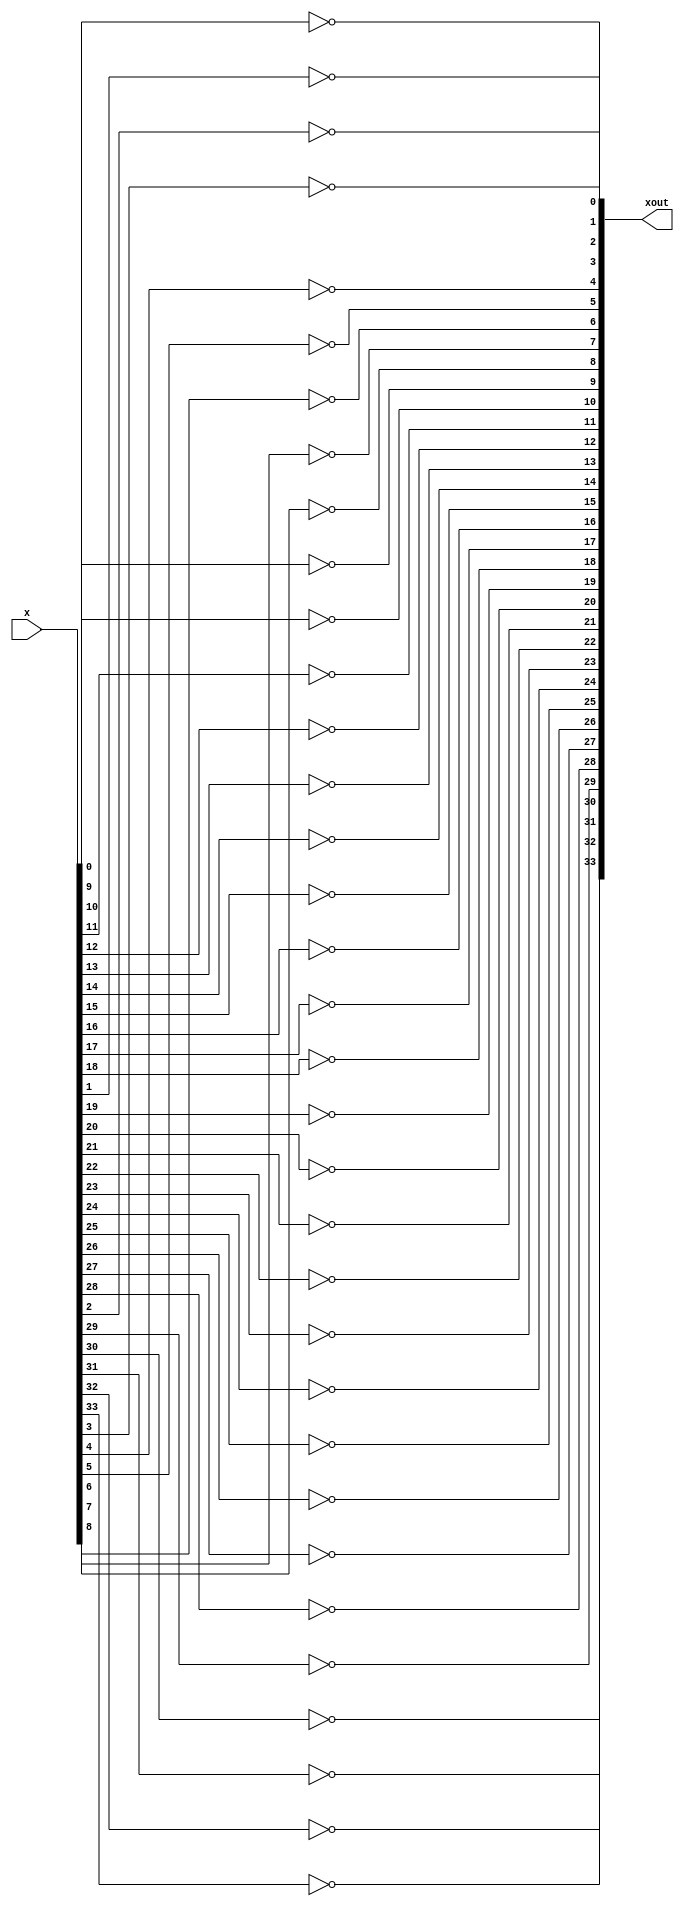
module twos_complement_flipper34(x, xout);
	input [33:0] x;
	output [33:0] xout;
	not notter0(xout[0], x[0]);
	not notter1(xout[1], x[1]);
	not notter2(xout[2], x[2]);
	not notter3(xout[3], x[3]);
	not notter4(xout[4], x[4]);
	not notter5(xout[5], x[5]);
	not notter6(xout[6], x[6]);
	not notter7(xout[7], x[7]);
	not notter8(xout[8], x[8]);
	not notter9(xout[9], x[9]);
	not notter10(xout[10], x[10]);
	not notter11(xout[11], x[11]);
	not notter12(xout[12], x[12]);
	not notter13(xout[13], x[13]);
	not notter14(xout[14], x[14]);
	not notter15(xout[15], x[15]);
	not notter16(xout[16], x[16]);
	not notter17(xout[17], x[17]);
	not notter18(xout[18], x[18]);
	not notter19(xout[19], x[19]);
	not notter20(xout[20], x[20]);
	not notter21(xout[21], x[21]);
	not notter22(xout[22], x[22]);
	not notter23(xout[23], x[23]);
	not notter24(xout[24], x[24]);
	not notter25(xout[25], x[25]);
	not notter26(xout[26], x[26]);
	not notter27(xout[27], x[27]);
	not notter28(xout[28], x[28]);
	not notter29(xout[29], x[29]);
	not notter30(xout[30], x[30]);
	not notter31(xout[31], x[31]);
	not notter32(xout[32], x[32]);
	not notter33(xout[33], x[33]);


endmodule